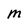
Character: M